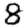
Digit: 8